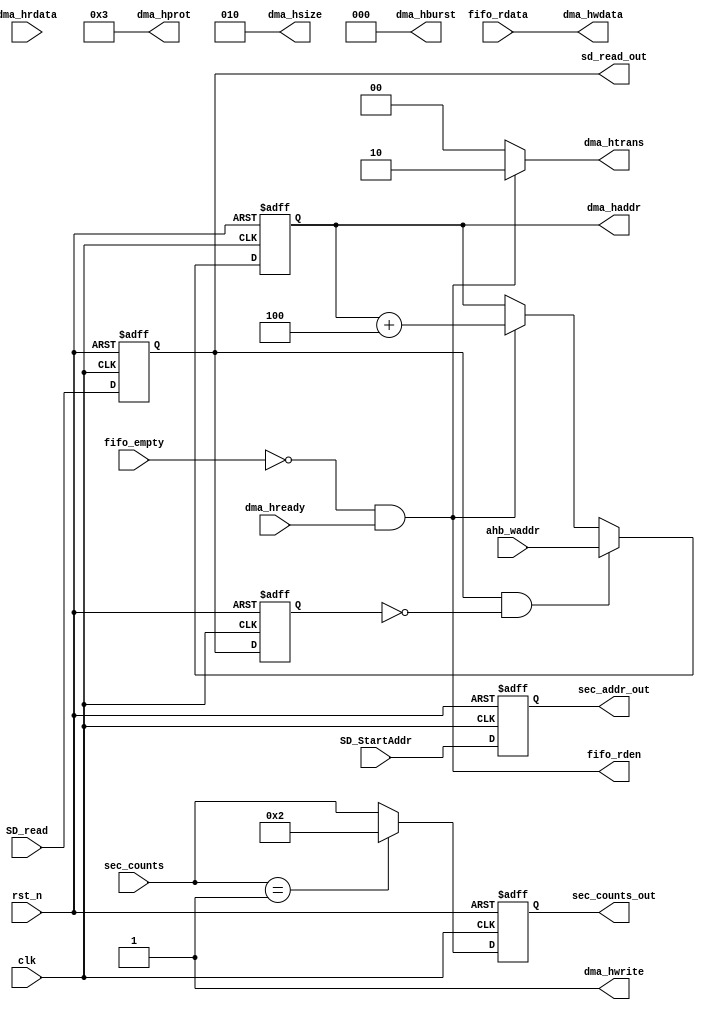
module DMA (
    
    clk,
    rst_n,

    SD_StartAddr,
    sec_counts,
    SD_read,
    ahb_waddr,

    dma_haddr ,
    dma_hprot ,
    dma_htrans,
    dma_hwrite,
    dma_hsize ,
    dma_hburst,
    dma_hwdata,
    dma_hrdata,
    dma_hready,

    fifo_empty,
    fifo_rdata,
    fifo_rden,

    sec_addr_out,
    sec_counts_out,
    sd_read_out  
);

input           clk;
input           rst_n;

input  [31:0]   SD_StartAddr;           // from CPU, control SD read start addr       
input  [31:0]   sec_counts;             // and length
input           SD_read;                // control SD to read
input   [31:0]  ahb_waddr;              // CPUDMAcsrSD_read
                                        // SD_readahb_waddrhaddr
output  [31:0]  dma_haddr ;
output  [3:0]   dma_hprot ;
output  [1:0]   dma_htrans;
output          dma_hwrite;
output  [2:0]   dma_hsize ;
output  [2:0]   dma_hburst;
output  [31:0]  dma_hwdata;
input   [31:0]  dma_hrdata;    
input           dma_hready;

input           fifo_empty;
input   [31:0]  fifo_rdata;
output          fifo_rden;              // fifo

output  [31:0]  sec_addr_out;
output  [31:0]  sec_counts_out;
output          sd_read_out;            // SD

//----------------------------------test--------------------------------------
//reg     [31:0]   SD_StartAddr2;           // from CPU, control SD read start addr       
//reg     [31:0]   sec_counts2;             // and length
//reg              SD_read2;                // control SD to read
//reg     [31:0]   ahb_waddr2;  
//----------------------------------test--------------------------------------

parameter sector_size = 512;            // SD512 bytes

reg             SD_read_d0;
reg             SD_read_d1;
wire            SD_read_pos;
reg     [31:0]  haddr;
wire    [31:0]  haddr_nxt;
reg     [31:0]  sec_addr_r;
reg     [31:0]  sec_counts_r;

always @(posedge clk or negedge rst_n) begin
    if(~rst_n) begin
        SD_read_d0 <= 1'b0;
        SD_read_d1 <= 1'b0;
    end
    else begin
        SD_read_d0 <= SD_read;
        //SD_read_d0 <= SD_read & sd_init_done;
        //SD_read_d0 <= SD_read2;
        SD_read_d1 <= SD_read_d0;        
    end
end
assign SD_read_pos    = SD_read_d0 & (~SD_read_d1);

always @(posedge clk or negedge rst_n) begin
    if(~rst_n)
        haddr <= 32'd0;
    else if(SD_read_pos)                // DMAhaddr
        haddr <= ahb_waddr;
    else 
        haddr <= haddr_nxt;
end
assign haddr_nxt    = fifo_rden ? (haddr + 3'd4) : haddr;

//--------------------------control AHB write to ITCM/SRAM--------------------------------------
assign fifo_rden    = ~fifo_empty & dma_hready; // fifoAHB readyfifoAHBITCM/SRAM  
assign dma_htrans   = fifo_rden ? 2'b10 : 2'b00;
assign dma_hwrite   = 1'b1;
assign dma_hprot    = 4'b0011;
assign dma_hburst   = 3'b000;
assign dma_hsize    = 3'b010;
assign dma_haddr    = haddr;
assign dma_hwdata   = fifo_rdata;

//-----------------------------------control SD_ctrl---------------------------------------------
//----------------------------------test--------------------------------------
//always @(posedge clk or negedge rst_n) begin
//    if(~rst_n) begin
//        SD_StartAddr2 <= 32'd0;
//        sec_counts2   <= 32'd0;
//        SD_read2      <= 1'b0;
//        ahb_waddr2    <= 32'd0;
//    end
//    else begin
//        SD_StartAddr2 <= 32'd0;
//        sec_counts2   <= 32'd2;  
//        ahb_waddr2    <= 32'h1000_0000;
//        if(sd_init_done) SD_read2 <= 1'b1;    
//    end
//end
//----------------------------------test--------------------------------------

always @(posedge clk or negedge rst_n) begin
    if(~rst_n) begin
        sec_addr_r      <= 32'd0;
        sec_counts_r    <= 32'd0;
    end
    else begin
        sec_addr_r      <= SD_StartAddr;
        if(sec_counts == 1) sec_counts_r <= 32'd2;
        else sec_counts_r <= sec_counts;
    end
end
assign sec_addr_out = sec_addr_r;
assign sec_counts_out = sec_counts_r;
assign sd_read_out  = SD_read_d0;
    
endmodule